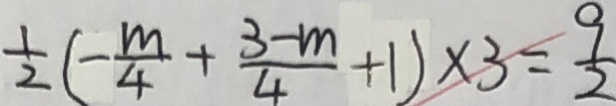
\frac { 1 } { 2 } ( - \frac { m } { 4 } + \frac { 3 - m } { 4 } + 1 ) \times 3 = \frac { 9 } { 2 }